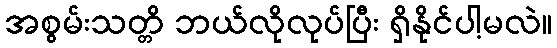
အစွမ်းသတ္တိ ဘယ်လိုလုပ်ပြီး ရှိနိုင်ပါ့မလဲ။